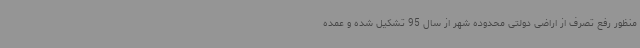
منظور رفع تصرف از اراضی دولتی محدوده شهر از سال 95 تشکیل شده و عمده